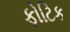
ફોટિક